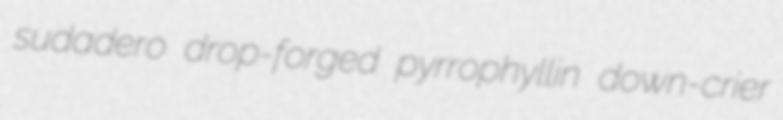
sudadero drop-forged pyrrophyllin down-crier